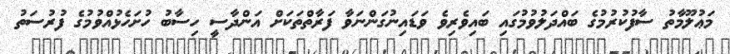
މަޢުލޫމާތު ސާފުކުރުމުގެ ބައްދަލުވުމުގައި ބައިވެރިވެ ވަޑައިނުގަންނަވާ ފަރާތްތަކަށް އަންދާސީ ހިސާބު ހުށަހެޅުއްވުމުގެ ފުރުސަތު